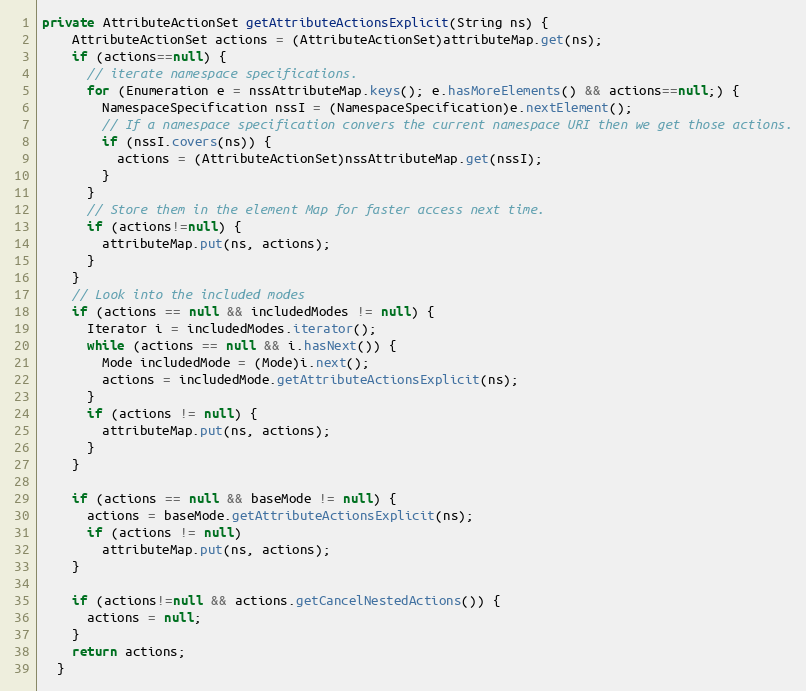
Language: Java
private AttributeActionSet getAttributeActionsExplicit(String ns) {
    AttributeActionSet actions = (AttributeActionSet)attributeMap.get(ns);
    if (actions==null) {
      // iterate namespace specifications.
      for (Enumeration e = nssAttributeMap.keys(); e.hasMoreElements() && actions==null;) {
        NamespaceSpecification nssI = (NamespaceSpecification)e.nextElement();
        // If a namespace specification convers the current namespace URI then we get those actions.
        if (nssI.covers(ns)) {
          actions = (AttributeActionSet)nssAttributeMap.get(nssI);
        }
      }
      // Store them in the element Map for faster access next time.
      if (actions!=null) {
        attributeMap.put(ns, actions);
      }
    }
    // Look into the included modes
    if (actions == null && includedModes != null) {
      Iterator i = includedModes.iterator();
      while (actions == null && i.hasNext()) {
        Mode includedMode = (Mode)i.next();
        actions = includedMode.getAttributeActionsExplicit(ns);
      }
      if (actions != null) {
        attributeMap.put(ns, actions);
      }
    }

    if (actions == null && baseMode != null) {
      actions = baseMode.getAttributeActionsExplicit(ns);
      if (actions != null)
        attributeMap.put(ns, actions);
    }

    if (actions!=null && actions.getCancelNestedActions()) {
      actions = null;
    }
    return actions;
  }